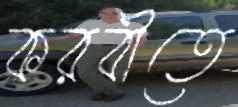
করবীতে